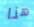
هنا